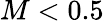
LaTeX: M<0.5